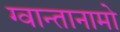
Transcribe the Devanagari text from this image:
ग्वान्तानामो